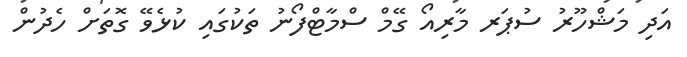
އަދި މަޝްހޫރު ސުޕަރ މާރިއޯ ގޭމް ސްމާޓްފޯނު ތަކުގައި ކުޅެވޭ ގޮތަށް ހެދުން